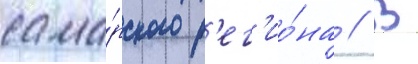
сама́рского р'ег'ио́на // В